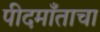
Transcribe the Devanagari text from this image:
पीदमाँताचा